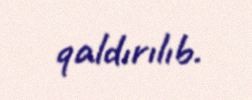
qaldırılıb.